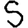
Digit: 5